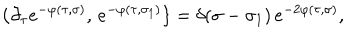
\{ \partial _ { \tau } e ^ { - \varphi ( \tau , \sigma ) } , \, e ^ { - \varphi ( \tau , \sigma _ { 1 } ) } \} = \delta ( \sigma - \sigma _ { 1 } ) \, e ^ { - 2 \varphi ( \tau , \sigma ) } ,